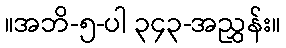
။အဘိ-၅-ပါ ၃၄၃-အညွှန်း။